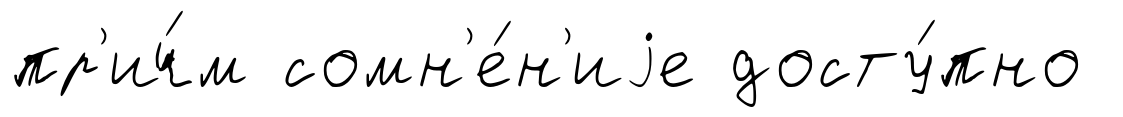
пр'ич́м сомн'е́н'иjе досту́пно